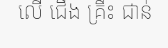
លើ ជើង គ្រឹះ ជាន់